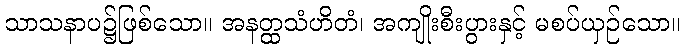
သာသနာပ၌ဖြစ်သော။ အနတ္ထသံဟိတံ၊ အကျိုးစီးပွားနှင့် မစပ်ယှဉ်သော။